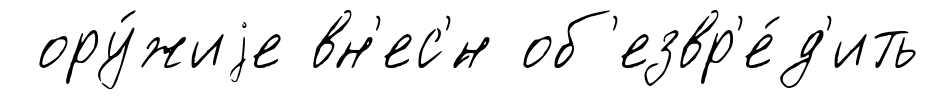
ору́жиjе вн'ес'́н об'езвр'е́д'ить